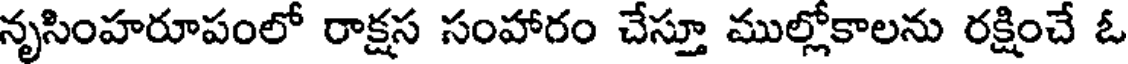
నృసింహరూపంలో రాక్షస సంహారం చేస్తూ ముల్లోకాలను రక్షించే ఓ